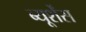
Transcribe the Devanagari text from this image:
ब्यूर्शेंस